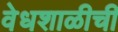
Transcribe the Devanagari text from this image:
वेधशाळीची